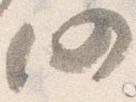
仍